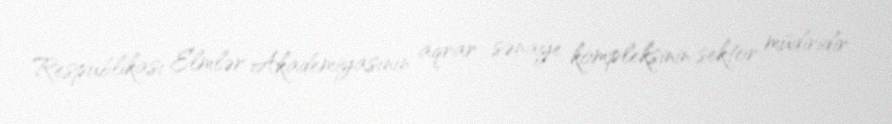
Respublikası Elmlər Akademiyasının aqrar sənaye kompleksinin sektor müdiridir.